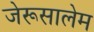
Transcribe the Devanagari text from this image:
जेरूसालेम